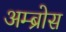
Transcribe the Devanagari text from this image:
अम्ब्रोस